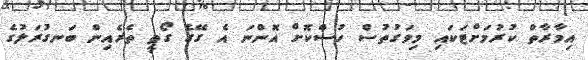
އިމާރާތް ކުރުމަށްޓަކައި މިވަގުތުސް ހުސްކޮށް އޮންނަ އެ ގޭގެ ގޯތީ ތެރެއިން ބަނގުރަލުގެ